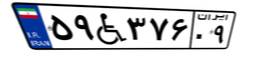
۵۹W۳۷۶۰۹